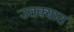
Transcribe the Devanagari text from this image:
उतक्यात